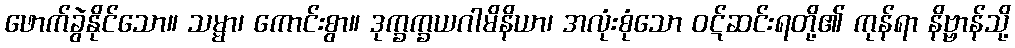
ဖောက်ခွဲနိုင်သော။ သမ္မာ၊ ကောင်းစွာ။ ဒုက္ခက္ခယဂါမိနိယာ၊ အလုံးစုံသော ဝဋ်ဆင်းရတို့၏ ကုန်ရာ နိဗ္ဗာန်သို့